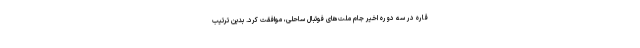
قاره در سه دوره اخیر جام ملت‌های فوتبال ساحلی، موافقت کرد. بدین ترتیب